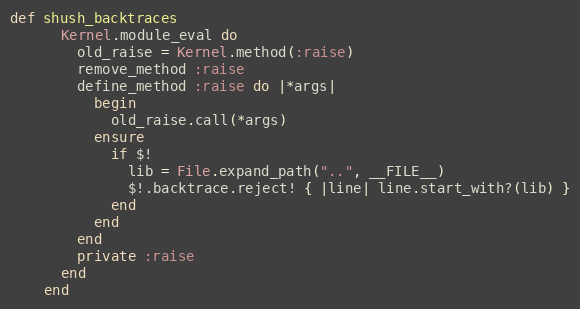
Language: Ruby
def shush_backtraces
      Kernel.module_eval do
        old_raise = Kernel.method(:raise)
        remove_method :raise
        define_method :raise do |*args|
          begin
            old_raise.call(*args)
          ensure
            if $!
              lib = File.expand_path("..", __FILE__)
              $!.backtrace.reject! { |line| line.start_with?(lib) }
            end
          end
        end
        private :raise
      end
    end